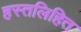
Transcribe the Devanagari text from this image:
हस्तलिहित